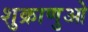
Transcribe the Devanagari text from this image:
शुक्राणुओ